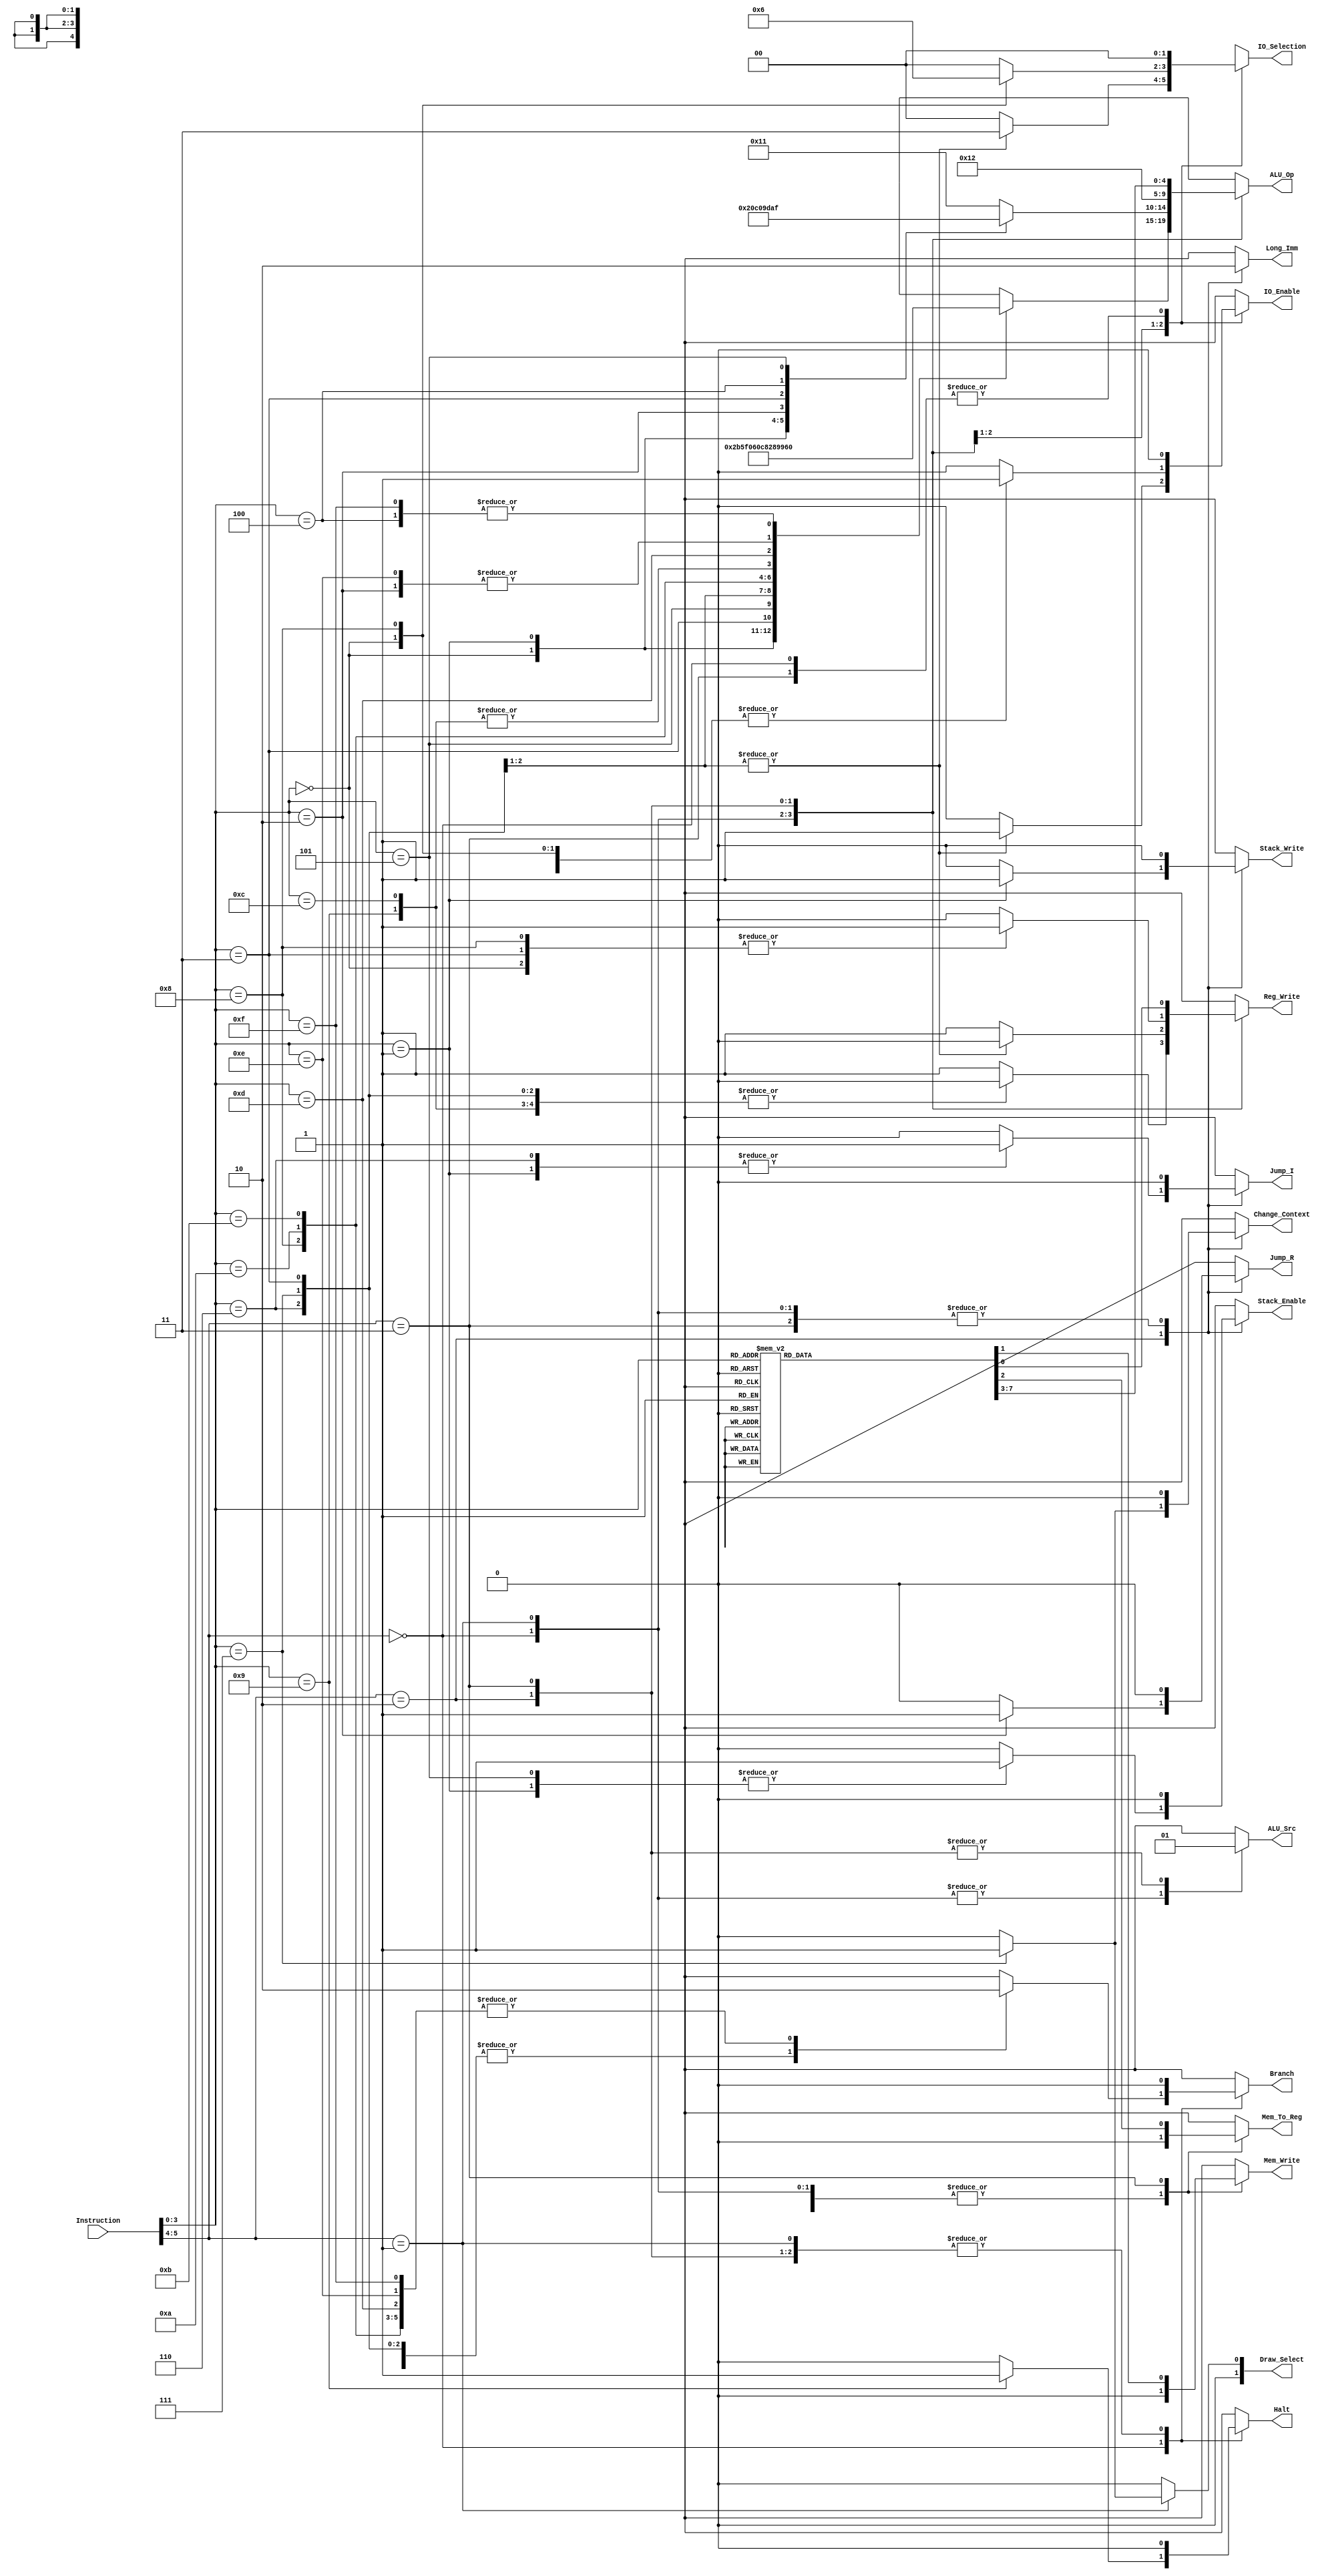
module Ctrl_Module
(
	input [5:0] Instruction,
	output reg IO_Enable,
	output reg [1:0] IO_Selection,
	output reg Reg_Write,
	output reg Jump_R,
	output reg Jump_I,
	output reg Stack_Enable,
	output reg Stack_Write,
	output reg Branch,
	output reg Mem_Write,
	output reg Mem_To_Reg,
	output reg [4:0] ALU_Op,
	output reg ALU_Src,
	output reg Halt,
	output reg Long_Imm,
	output reg Change_Context,
	output reg [1:0] Draw_Select
);

always @ (Instruction)
begin

	Draw_Select <= 0;

	case (Instruction[5:4])

		2'b00:
		begin

			IO_Enable <= 0;
			IO_Selection <= 0;
			Reg_Write <= 1;
			Jump_R <= 0;
			Jump_I <= 0;
			Stack_Enable <= 0;
			Stack_Write <= 0;
			//Branch
			Mem_Write <= 0;
			Mem_To_Reg <= 0;
			//ALU_Op
			ALU_Src <= 0;
			Halt <= 0;
			Long_Imm <= 0;
			Change_Context <= 0;

			case (Instruction[3:0])

				4'b0000: //ADD
				begin
					Branch <= 0;
					ALU_Op <= 0;
				end

				4'b0001: //AND
				begin
					Branch <= 0;
					ALU_Op <= 5;
				end

				4'b0010: //BEQ
				begin
					Reg_Write <= 0;
					Branch <= 1;
					ALU_Op <= 11;
				end

				4'b0011: //BGE
				begin
					Reg_Write <= 0;
					Branch <= 1;
					ALU_Op <= 13;
				end

				4'b0100: //BGT
				begin
					Reg_Write <= 0;
					Branch <= 1;
					ALU_Op <= 14;
				end

				4'b0101: //BLE
				begin
					Reg_Write <= 0;
					Branch <= 1;
					ALU_Op <= 15;
				end

				4'b0110: //BLT
				begin
					Reg_Write <= 0;
					Branch <= 1;
					ALU_Op <= 16;
				end

				4'b0111: //BNE
				begin
					Reg_Write <= 0;
					Branch <= 1;
					ALU_Op <= 12;
				end

				4'b1000: //DIV
				begin
					Branch <= 0;
					ALU_Op <= 3;
				end

				4'b1001: //HALT
				begin
					Branch <= 0;
					Reg_Write <= 0;
					ALU_Op <= 17;
					Halt <= 1;
				end

				4'b1010: //MOD
				begin
					Branch <= 0;
					ALU_Op <= 4;
				end

				4'b1011: //MUL
				begin
					Branch <= 0;
					ALU_Op <= 2;
				end

				4'b1100: //NOP
				begin
					Branch <= 0;
					ALU_Op <= 17;
					Reg_Write <= 0;
				end

				4'b1101: //OR
				begin
					Branch <= 0;
					ALU_Op <= 6;
				end

				4'b1110: //SEQ
				begin
					Branch <= 0;
					ALU_Op <= 11;
				end

				4'b1111: //SGT
				begin
					Branch <= 0;
					ALU_Op <= 14;
				end

			endcase

		end

		2'b01:
		begin

			IO_Enable <= 0;
			IO_Selection <= 0;
			Reg_Write <= 1;
			Jump_R <= 0;
			Jump_I <= 0;
			Stack_Enable <= 0;
			Stack_Write <= 0;
			//Branch
			Mem_Write <= 0;
			Mem_To_Reg <= 0;
			//ALU_Op
			ALU_Src <= 0;
			Halt <= 0;
			Long_Imm <= 0;
			Change_Context <= 0;

			case (Instruction[3:0])

				4'b0000: //SLT
				begin
					Branch <= 0;
					ALU_Op <= 16;
				end

				4'b0001: //SNE
				begin
					Branch <= 0;
					ALU_Op <= 12;
				end

				4'b0010: //SUB
				begin
					Branch <= 0;
					ALU_Op <= 1;
				end

				4'b0011: //XOR
				begin
					Branch <= 0;
					ALU_Op <= 7;
				end

				4'b0100: //SGE
				begin
					Branch <= 0;
					ALU_Op <= 13;
				end

				4'b0101: //SLE
				begin
					Branch <= 0;
					ALU_Op <= 15;
				end

				4'b0110: //DWPX
				begin
					IO_Enable <= 1;
					IO_Selection <= 3;
					Reg_Write <= 0;
					Branch <= 0;
					ALU_Op <= 17;
				end

				4'b0111: //DWCH
				begin
					IO_Enable <= 1;
					IO_Selection <= 3;
					Reg_Write <= 0;
					Branch <= 0;
					Draw_Select <= 1;
					ALU_Op <= 17;
				end

				default:
				begin
					Branch <= 0;
					ALU_Op <= 17;
				end

			endcase

		end

		2'b10:
		begin

			//IO_Enable
			//IO_Selection
			//Reg_Write
			//Jump_R
			//Jump_I
			//Stack_Enable
			//Stack_Write
			Branch <= 0;
			Mem_Write <= 0;
			Mem_To_Reg <= 0;
			ALU_Op <= 18;
			ALU_Src <= 1;
			Halt <= 0;
			Long_Imm <= 1;
			Change_Context <= 0;

			case (Instruction[3:0])

				4'b0000: //IN
				begin
					IO_Enable <= 1;
					IO_Selection <= 1;
					Reg_Write <= 1;
					Jump_R <= 0;
					Jump_I <= 0;
					Stack_Enable <= 0;
					Stack_Write <= 0;
				end

				4'b0001: //JAL
				begin
					IO_Enable <= 0;
					IO_Selection <= 0;
					Reg_Write <= 0;
					Jump_R <= 0;
					Jump_I <= 1;
					Stack_Enable <= 1;
					Stack_Write <= 1;
				end

				4'b0010: //JR
				begin
					IO_Enable <= 0;
					IO_Selection <= 0;
					Reg_Write <= 0;
					Jump_R <= 1;
					Jump_I <= 0;
					Stack_Enable <= 0;
					Stack_Write <= 0;
				end

				4'b0011: //LI
				begin
					IO_Enable <= 0;
					IO_Selection <= 0;
					Reg_Write <= 1;
					Jump_R <= 0;
					Jump_I <= 0;
					Stack_Enable <= 0;
					Stack_Write <= 0;
				end

				4'b0100: //OUT
				begin
					IO_Enable <= 1;
					IO_Selection <= 0;
					Reg_Write <= 0;
					Jump_R <= 0;
					Jump_I <= 0;
					Stack_Enable <= 0;
					Stack_Write <= 0;
				end

				4'b0101: //RET
				begin
					IO_Enable <= 0;
					IO_Selection <= 0;
					Reg_Write <= 0;
					Jump_R <= 0;
					Jump_I <= 0;
					Stack_Enable <= 1;
					Stack_Write <= 0;
				end

				4'b0110: //J
				begin
					IO_Enable <= 0;
					IO_Selection <= 0;
					Reg_Write <= 0;
					Jump_R <= 0;
					Jump_I <= 1;
					Stack_Enable <= 0;
					Stack_Write <= 0;
				end

				4'b0111: //CTX
				begin
					IO_Enable <= 0;
					IO_Selection <= 0;
					Reg_Write <= 0;
					Jump_R <= 0;
					Jump_I <= 0;
					Stack_Enable <= 0;
					Stack_Write <= 0;
					Change_Context <= 1;
				end

				4'b1000: //GETC
				begin
					IO_Enable <= 1;
					IO_Selection <= 2;
					Reg_Write <= 1;
					Jump_R <= 0;
					Jump_I <= 0;
					Stack_Enable <= 0;
					Stack_Write <= 0;
				end

				default:
				begin
					IO_Enable <= 0;
					IO_Selection <= 0;
					Reg_Write <= 0;
					Jump_R <= 0;
					Jump_I <= 0;
					Stack_Enable <= 0;
					Stack_Write <= 0;
				end

			endcase

		end

		2'b11:
		begin

			IO_Enable <= 0;
			IO_Selection <= 0;
			//Reg_Write
			Jump_R <= 0;
			Jump_I <= 0;
			Stack_Enable <= 0;
			Stack_Write <= 0;
			Branch <= 0;
			//Mem_Write
			//Mem_To_Reg
			//ALU_Op
			ALU_Src <= 1;
			Halt <= 0;
			Long_Imm <= 0;
			Change_Context <= 0;

			case (Instruction[3:0])

				4'b0000: //ADDI
				begin
					Reg_Write <= 1;
					Mem_Write <= 0;
					Mem_To_Reg <= 0;
					ALU_Op <= 0;
				end

				4'b0001: //DIVI
				begin
					Reg_Write <= 1;
					Mem_Write <= 0;
					Mem_To_Reg <= 0;
					ALU_Op <= 3;
				end

				4'b0010: //LW
				begin
					Reg_Write <= 1;
					Mem_Write <= 0;
					Mem_To_Reg <= 1;
					ALU_Op <= 0;
				end

				4'b0011: //MODI
				begin
					Reg_Write <= 1;
					Mem_Write <= 0;
					Mem_To_Reg <= 0;
					ALU_Op <= 4;
				end

				4'b0100: //MOVE
				begin
					Reg_Write <= 1;
					Mem_Write <= 0;
					Mem_To_Reg <= 0;
					ALU_Op <= 0;
				end

				4'b0101: //MULI
				begin
					Reg_Write <= 1;
					Mem_Write <= 0;
					Mem_To_Reg <= 0;
					ALU_Op <= 2;
				end

				4'b0110: //NOT
				begin
					Reg_Write <= 1;
					Mem_Write <= 0;
					Mem_To_Reg <= 0;
					ALU_Op <= 8;
				end

				4'b0111: //SHL
				begin
					Reg_Write <= 1;
					Mem_Write <= 0;
					Mem_To_Reg <= 0;
					ALU_Op <= 9;
				end

				4'b1000: //SHR
				begin
					Reg_Write <= 1;
					Mem_Write <= 0;
					Mem_To_Reg <= 0;
					ALU_Op <= 10;
				end

				4'b1001: //STEQI
				begin
					Reg_Write <= 1;
					Mem_Write <= 0;
					Mem_To_Reg <= 0;
					ALU_Op <= 11;
				end

				4'b1010: //STGTI
				begin
					Reg_Write <= 1;
					Mem_Write <= 0;
					Mem_To_Reg <= 0;
					ALU_Op <= 14;
				end

				4'b1011: //STLTI
				begin
					Reg_Write <= 1;
					Mem_Write <= 0;
					Mem_To_Reg <= 0;
					ALU_Op <= 16;
				end

				4'b1100: //STNEI
				begin
					Reg_Write <= 1;
					Mem_Write <= 0;
					Mem_To_Reg <= 0;
					ALU_Op <= 12;
				end

				4'b1101: //SUBI
				begin
					Reg_Write <= 1;
					Mem_Write <= 0;
					Mem_To_Reg <= 0;
					ALU_Op <= 1;
				end

				4'b1110: //SW
				begin
					Reg_Write <= 0;
					Mem_Write <= 1;
					Mem_To_Reg <= 0;
					ALU_Op <= 0;
				end

				default:
				begin
					Reg_Write <= 0;
					Mem_Write <= 0;
					Mem_To_Reg <= 0;
					ALU_Op <= 0;
				end


			endcase

		end

		default:
		begin

			IO_Enable <= 0;
			IO_Selection <= 0;
			Reg_Write <= 0;
			Jump_R <= 0;
			Jump_I <= 0;
			Stack_Enable <= 0;
			Stack_Write <= 0;
			Branch <= 0;
			Mem_Write <= 0;
			Mem_To_Reg <= 0;
			ALU_Op <= 0;
			ALU_Src <= 0;
			Halt <= 0;
			Long_Imm <= 0;

		end
	endcase
end


endmodule